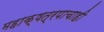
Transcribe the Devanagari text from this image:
महाक्षत्रपाचाही